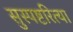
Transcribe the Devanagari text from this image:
सुस्पष्टरित्या